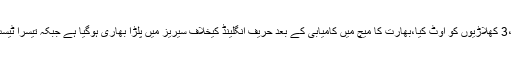
روی چندر اشون اور جیانت یادیو نے3،3 کھلاڑیوں کو آؤٹ کیا،بھارت کا میچ میں کامیابی کے بعد حریف انگلینڈ کیخلاف سیریز میں پلڑا بھاری ہوگیا ہے جبکہ تیسرا ٹیسٹ ہفتے سے موہالی میں کھیلا جائےگا۔